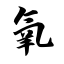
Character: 氧